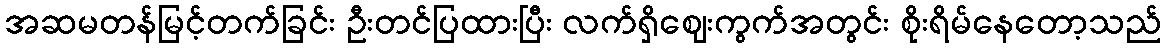
အဆမတန်မြင့်တက်ခြင်း ဦးတင်ပြထားပြီး လက်ရှိဈေးကွက်အတွင်း စိုးရိမ်နေတော့သည်